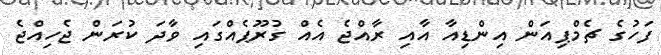
ފަހުގެ ޗެމްޕިއަން އިންޑިއާ އާއި ރާއްޖެ އެއް ގުރޫޕެއްގައި ވާދަ ކުރަން ޖެހިއްޖެ